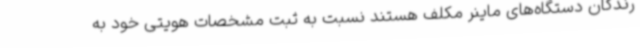
رندگان دستگاه‌های ماینر مکلف هستند نسبت ‌به ثبت مشخصات هویتی خود به